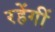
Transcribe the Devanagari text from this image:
रहेंगीं